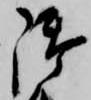
御